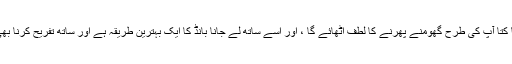
آپ کا کتا آپ کی طرح گھومنے پھرنے کا لطف اٹھائے گا ، اور اسے ساتھ لے جانا بانڈ کا ایک بہترین طریقہ ہے اور ساتھ تفریح ​​کرنا بھی ہے۔